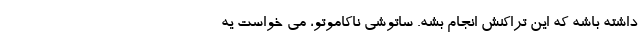
داشته باشه که این تراکنش انجام بشه. ساتوشی ناکاموتو، می خواست یه